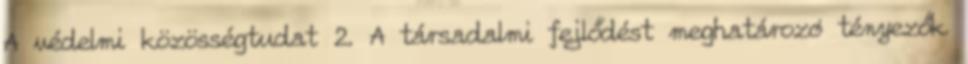
A védelmi közösségtudat 2. A társadalmi fejlődést meghatározó tényezők